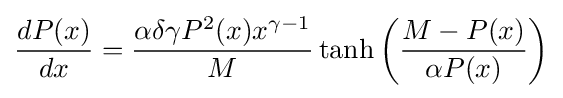
{\frac {dP(x)}{dx}}={\frac {\alpha \delta \gamma P^{2}(x)x^{\gamma -1}}{M}}\tanh \left({\frac {M-P(x)}{\alpha P(x)}}\right)